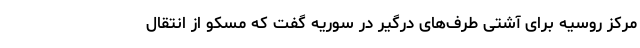
مرکز روسیه برای آشتی طرف‌های درگیر در سوریه گفت که مسکو از انتقال